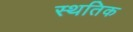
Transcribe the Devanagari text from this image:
स्थतिक